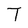
Character: T